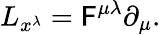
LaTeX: L_{x^{\lambda}}=\mathsf{F}^{\mu\lambda}\partial_{\mu}.